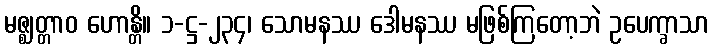
မဇ္ဈတ္တာဝ ဟောန္တိ။ ၁-ဋ္ဌ-၂၃၄၊ သောမနဿ ဒေါမနဿ မဖြစ်ကြတော့ဘဲ ဥပေက္ခာသာ